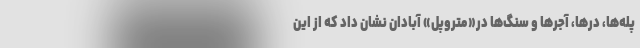
پله‌ها، درها، آجرها و سنگ‌ها در«متروپل» آبادان نشان داد که از این